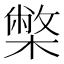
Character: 𭬅